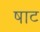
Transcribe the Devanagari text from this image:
षाट